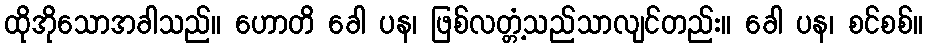
ထိုအိုသောအခါသည်။ ဟောတိ ခေါ ပန၊ ဖြစ်လတ္တံ့သည်သာလျင်တည်း။ ခေါ ပန၊ စင်စစ်။